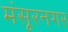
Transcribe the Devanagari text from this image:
मंसूरनगर